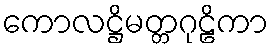
ကောလဋ္ဌိမတ္တဂုဠိကာ